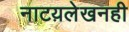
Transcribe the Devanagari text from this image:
नाटय़लेखनही